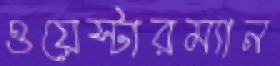
ওয়েস্টারম্যান